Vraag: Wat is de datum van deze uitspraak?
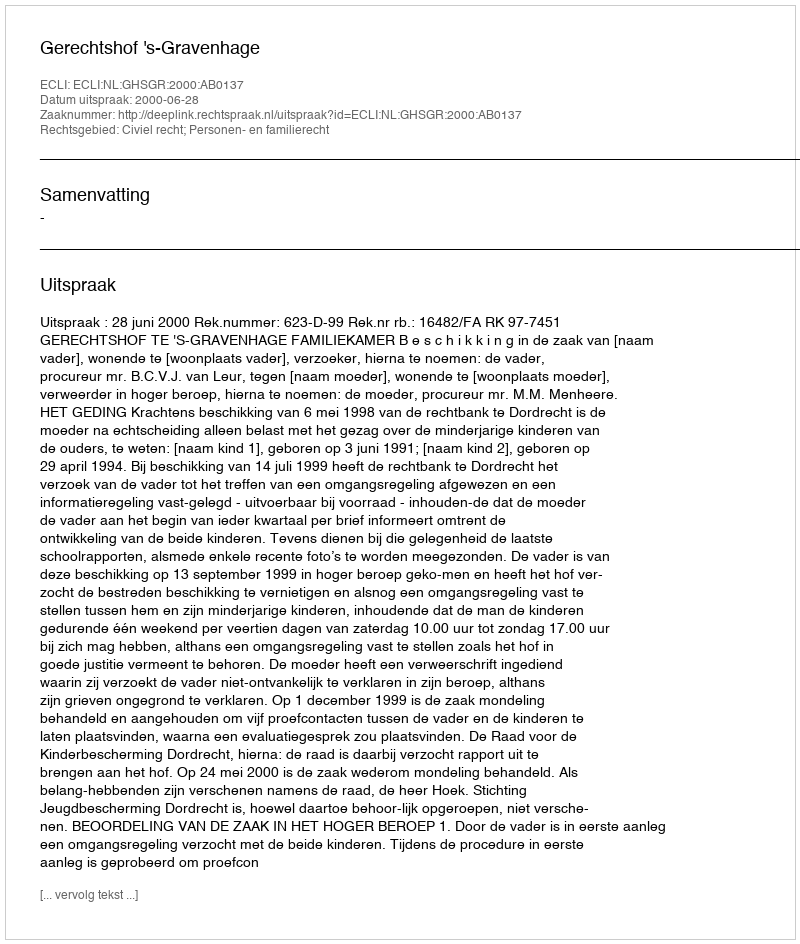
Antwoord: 2000-06-28